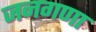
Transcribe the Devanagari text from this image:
जनगणा